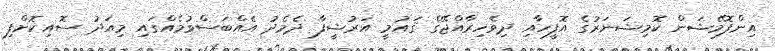
އިންފޮމޭޝަން ކޮމިޝަނަރުގެ އޮފީހާއި ދިވެހިރާއްޖޭގެ ޤައުމީ އަރުޝީފާ ދެމެދު އެއްބަސްވުމެއްގައި މިއަދު ސޮއިކޮށްފި